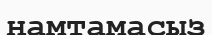
ңамтамасыз